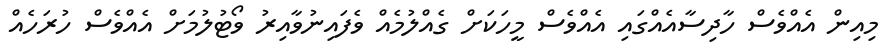
މިއިން އެއްވެސް ހާދިސާއެއްގައި އެއްވެސް މީހަކަށް ގެއްލުމެއް ވެފައިނުވާއިރު ވޯޓުލުމަށް އެއްވެސް ހުރަހެއް